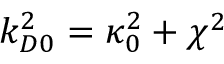
{ k _ { D 0 } ^ { 2 } = \kappa _ { 0 } ^ { 2 } + \chi ^ { 2 } }